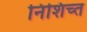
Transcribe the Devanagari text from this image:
निशिच्त